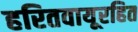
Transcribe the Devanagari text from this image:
हरितवायूरहित